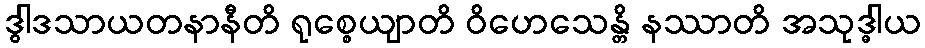
ဒွါဒသာယတနာနီတိ ရုစ္စေယျာတိ ဝိဟေသေန္တိ နဿာတိ အသုဒ္ဓါယ